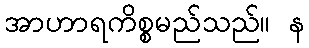
အာဟာရကိစ္စမည်သည်။ န